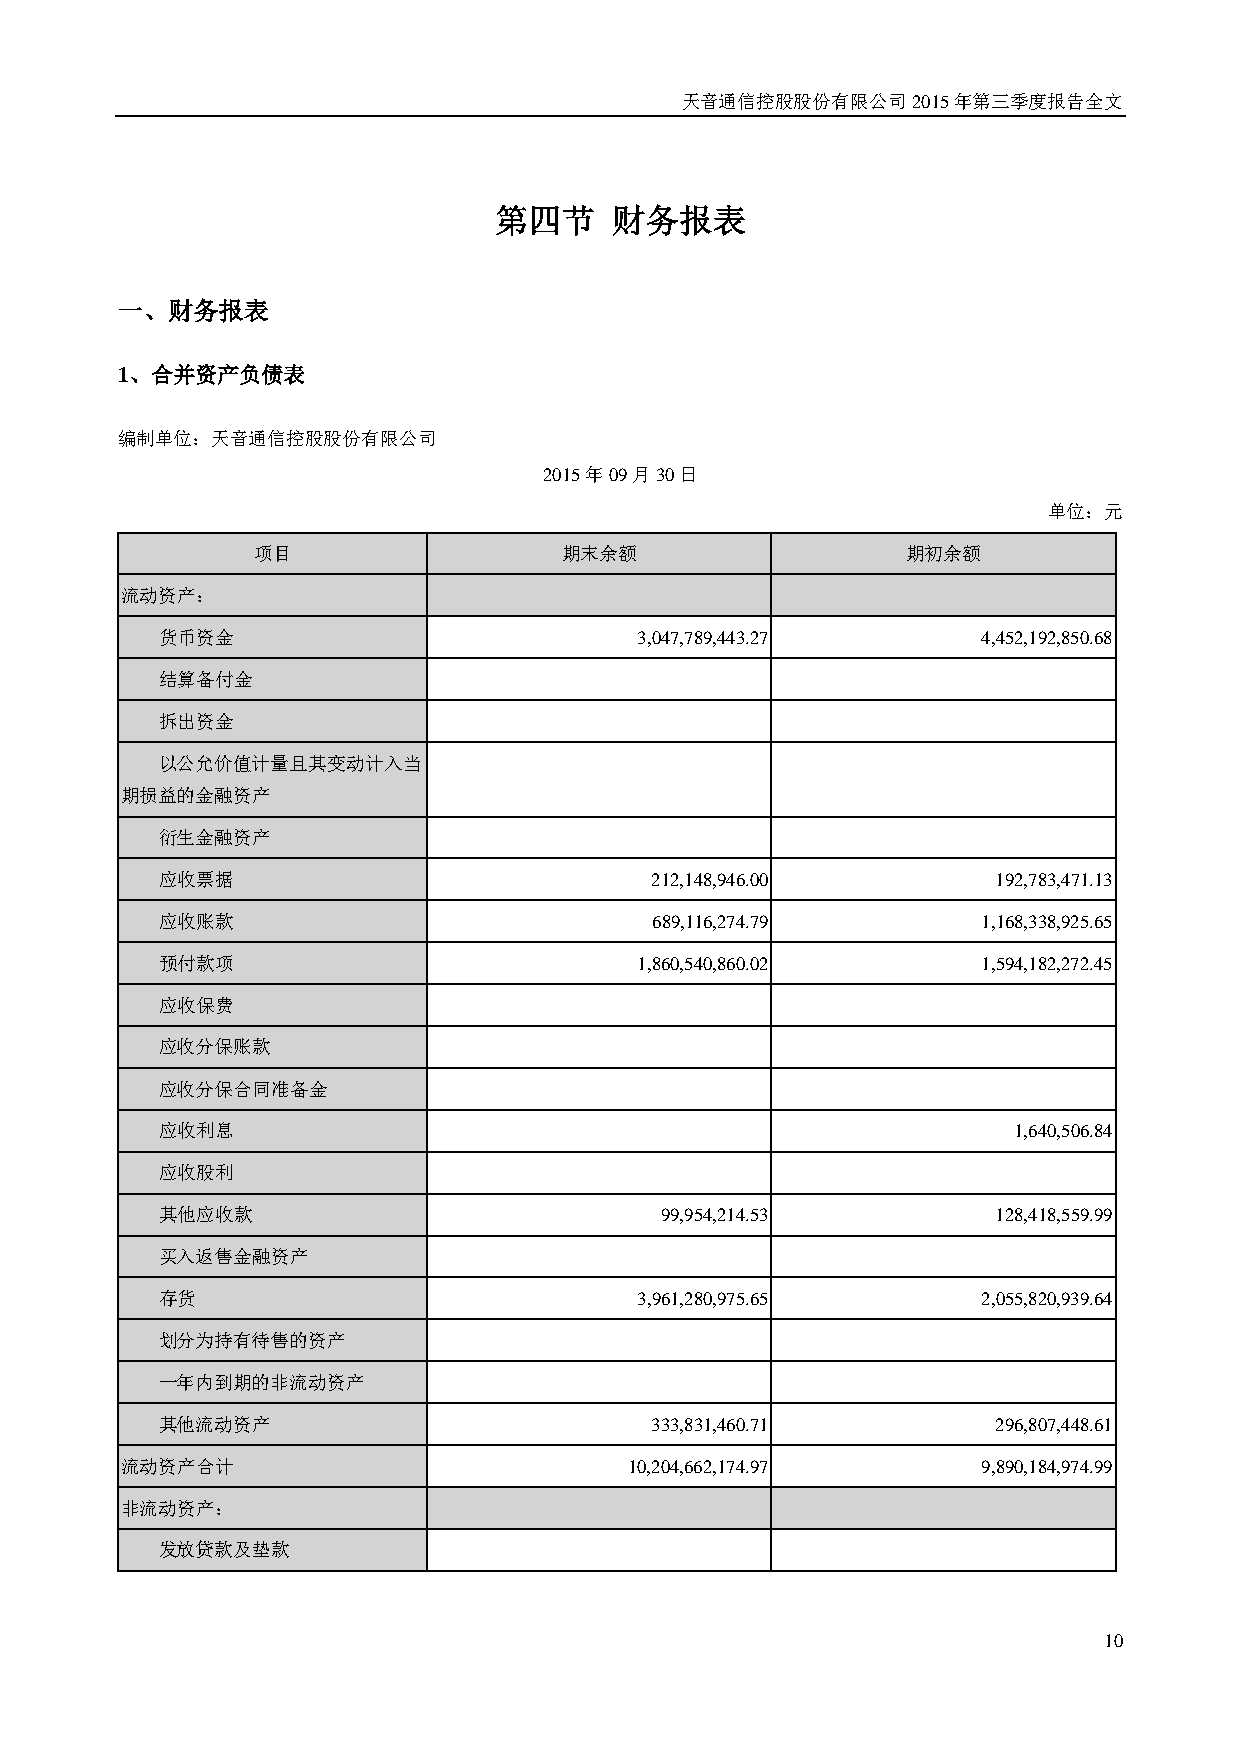
天音通信控股股份有限公司2015年第三季度报告全文
 第四节     财务报表
 一、财务报表
 1、合并资产负债表
 编制单位：天音通信控股股份有限公司
 2015年09月30日
 单位：元
 项目                  期末余额                   期初余额
 流动资产：
 货币资金                            3,047,789,443.27       4,452,192,850.68
 结算备付金
 拆出资金
 以公允价值计量且其变动计入当
 期损益的金融资产
 衍生金融资产
 应收票据                             212,148,946.00         192,783,471.13
 应收账款                             689,116,274.79        1,168,338,925.65
 预付款项                            1,860,540,860.02       1,594,182,272.45
 应收保费
 应收分保账款
 应收分保合同准备金
 应收利息                                                     1,640,506.84
 应收股利
 其他应收款                             99,954,214.53         128,418,559.99
 买入返售金融资产
 存货                              3,961,280,975.65       2,055,820,939.64
 划分为持有待售的资产
 一年内到期的非流动资产
 其他流动资产                           333,831,460.71         296,807,448.61
 流动资产合计                            10,204,662,174.97      9,890,184,974.99
 非流动资产：
 发放贷款及垫款
 10